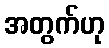
အတွက်ဟု